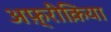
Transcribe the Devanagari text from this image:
अफ़्रीक़िया